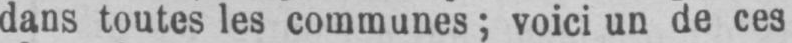
dans toutes les communes; voici un de ces